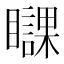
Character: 𥌥